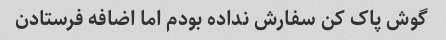
گوش پاک کن سفارش نداده بودم اما اضافه فرستادن